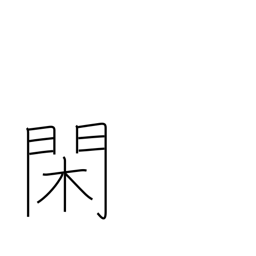
Meaning: leisure